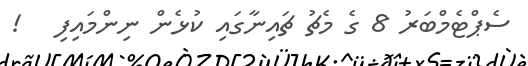
ސެޕްޓެމްބަރު 8 ގެ މެޗު ޗައިނާގައި ކުޅެން ނިންމައިފި   !